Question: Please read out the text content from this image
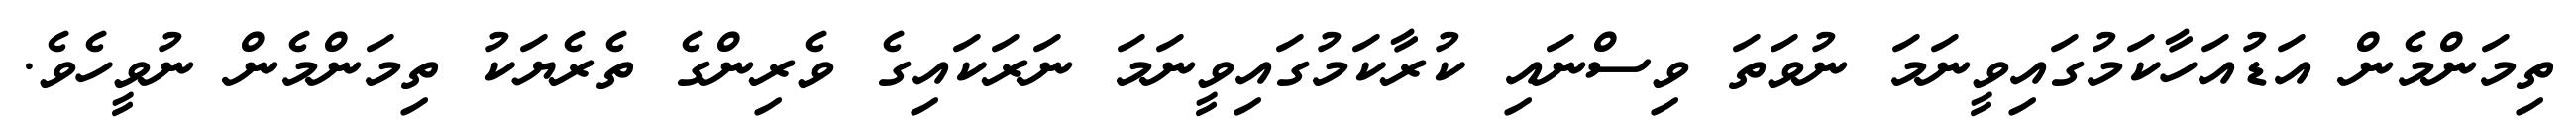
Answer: ތިމަންމެން އަޑުއަހާކަމުގައިވީނަމަ ނުވަތަ ވިސްނައި ކުރާކަމުގައިވީނަމަ ނަރަކައިގެ ވެރިންގެ ތެރެޔަކު ތިމަންމެން ނުވީހެވެ.